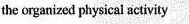
the organized physical actibity